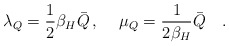
\begin{align*}\lambda_Q={1\over 2}\beta_H \bar{Q}\, ,\hspace{0.5cm}\mu_Q={1\over 2\beta_H }\bar{Q}~~~.\end{align*}